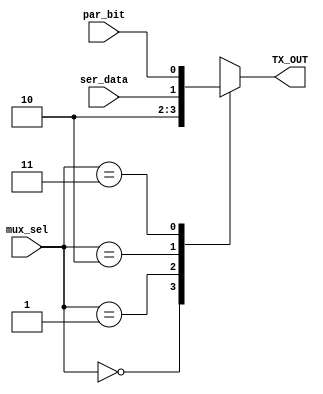
module mux (input wire [1:0] mux_sel,
            input wire ser_data,
            input wire par_bit,
            output reg TX_OUT);
    
    always @(*) begin
        
        case (mux_sel)
            
            2'd0 : TX_OUT = 1'b1;
            2'd1 : TX_OUT = 1'b0;
            2'd2 : TX_OUT = ser_data;
            2'd3 : TX_OUT = par_bit;
            
        endcase
        
    end
    
endmodule